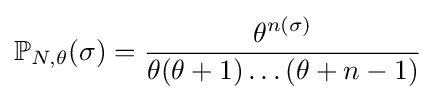
\mathbb {P} _{N,\theta }(\sigma )={\frac {\theta ^{n(\sigma )}}{\theta (\theta +1)\dots (\theta +n-1)}}